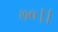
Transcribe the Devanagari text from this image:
७०।।